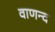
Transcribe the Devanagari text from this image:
वाणन्द